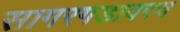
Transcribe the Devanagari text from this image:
सागरगडावरच